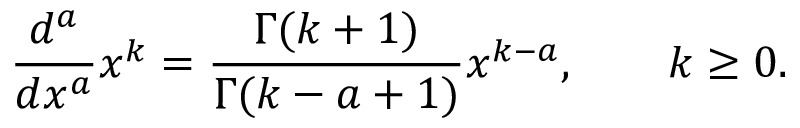
{ \frac { d ^ { a } } { d x ^ { a } } } x ^ { k } = { \frac { \Gamma ( k + 1 ) } { \Gamma ( k - a + 1 ) } } x ^ { k - a } , \qquad k \geq 0 .